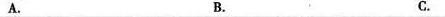
A. B. C.